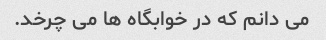
می دانم که در خوابگاه ها می چرخد.